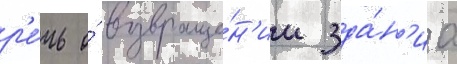
р'е́чь о́ возвраще́н'ии зда́н'иа